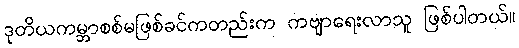
ဒုတိယကမ္ဘာစစ်မဖြစ်ခင်ကတည်းက ကဗျာရေးလာသူ ဖြစ်ပါတယ်။